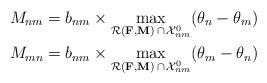
LaTeX: \begin{align*}& M_{nm}=b_{nm} \times\underset{\mathcal{R}(\mathbf{F},\mathbf{M})\,\cap\,\mathcal{X}^0_{nm}}{\max} (\theta_n-\theta_m) \\& M_{mn}=b_{nm} \times\underset{\mathcal{R}(\mathbf{F},\mathbf{M})\,\cap\,\mathcal{X}^0_{nm}}{\max} (\theta_m-\theta_n)\end{align*}